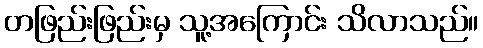
တဖြည်းဖြည်းမှ သူ့အကြောင်း သိလာသည်။